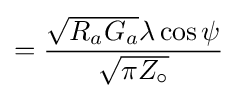
=\displaystyle {{\sqrt {R_{a}G_{a}}}\lambda \cos \psi  \over {\sqrt {\pi Z_{\circ }}}}